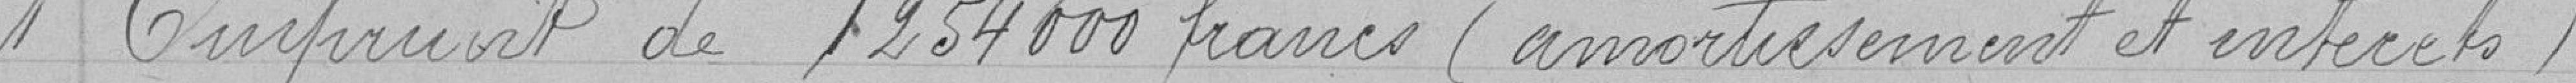
Emprunt de 1254000 francs (amortissement et intérêts )